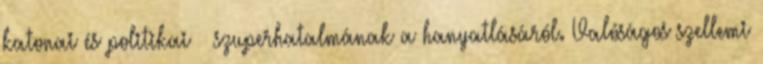
katonai és politikai – szuperhatalmának a hanyatlásáról. Valóságos szellemi